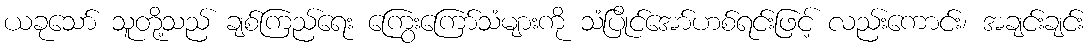
ယခုသော် သူတို့သည် ချစ်ကြည်ရေး ကြွေးကြော်သံများကို သံပြိုင်အော်ဟစ်ရင်းဖြင့် လည်းကောင်း၊ အချင်းချင်း